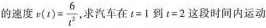
的速度$$v ( t ) = \frac { 6 } { t ^ { 2 } }$$ 求汽车在$$t = 1$$到$$t = 2$$这段时间内运动